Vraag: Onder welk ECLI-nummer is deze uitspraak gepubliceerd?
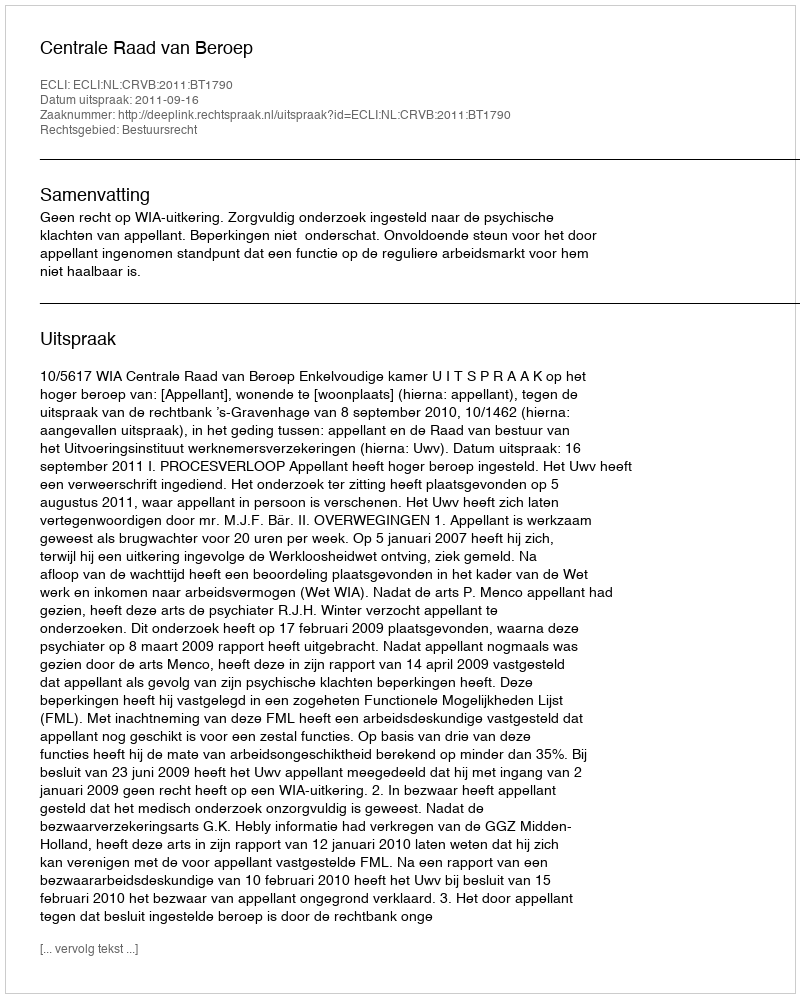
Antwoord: ECLI:NL:CRVB:2011:BT1790